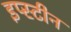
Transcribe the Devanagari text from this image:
इप्स्टीन